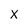
Character: X